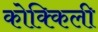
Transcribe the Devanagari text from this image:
कोक्किली